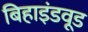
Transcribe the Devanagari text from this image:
बिहाइंडवूड